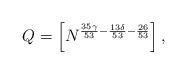
LaTeX: \begin{align*}Q=\left[N^{\frac{35\gamma}{53}-\frac{13\delta}{53}-\frac{26}{53}}\right],\end{align*}